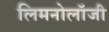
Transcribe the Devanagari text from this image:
लिमनोलॉजी